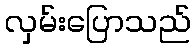
လှမ်းပြောသည်